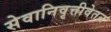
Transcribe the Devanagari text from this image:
सेवानिवृत्तीवेतन